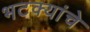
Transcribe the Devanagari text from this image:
भटक्यांचे